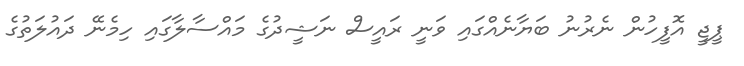
ޕީޖީ އޮފީހުން ނެރުނު ބަޔާނެއްގައި ވަނީ ރައީސް ނަޝީދުގެ މައްސާލާގައި ހިމެނޭ ދައުލަތުގެ